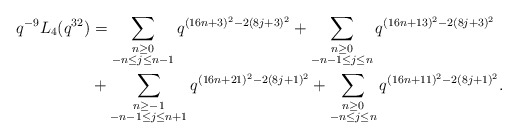
\begin{align*}\begin{aligned}q^{-9}L_4(q^{32}) &= \sum_{\substack{n \geq 0 \\ -n \leq j \leq n-1}} q^{(16n+3)^2 -2(8j+3)^2} + \sum_{\substack{n \geq 0 \\ -n-1 \leq j \leq n}} q^{(16n+13)^2 -2(8j+3)^2} \\&+ \sum_{\substack{n \geq -1 \\ -n-1 \leq j \leq n+1}} q^{(16n+21)^2 -2(8j+1)^2} + \sum_{\substack{n \geq 0 \\ -n \leq j \leq n}} q^{(16n+11)^2 -2(8j+1)^2}.\end{aligned}\end{align*}